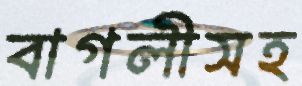
বাগলীসহ